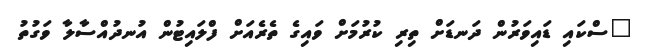
"ސްކައި ޑައިވަރުން ދަނޑަށް ތިރި ކުރުމަށް ވައިގެ ތެރެއަށް ފްލައިޓުން އުނދުއްސާލާ ވަގުތު